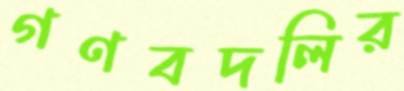
গণবদলির